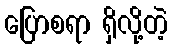
ပြောစရာ ရှိလို့တဲ့